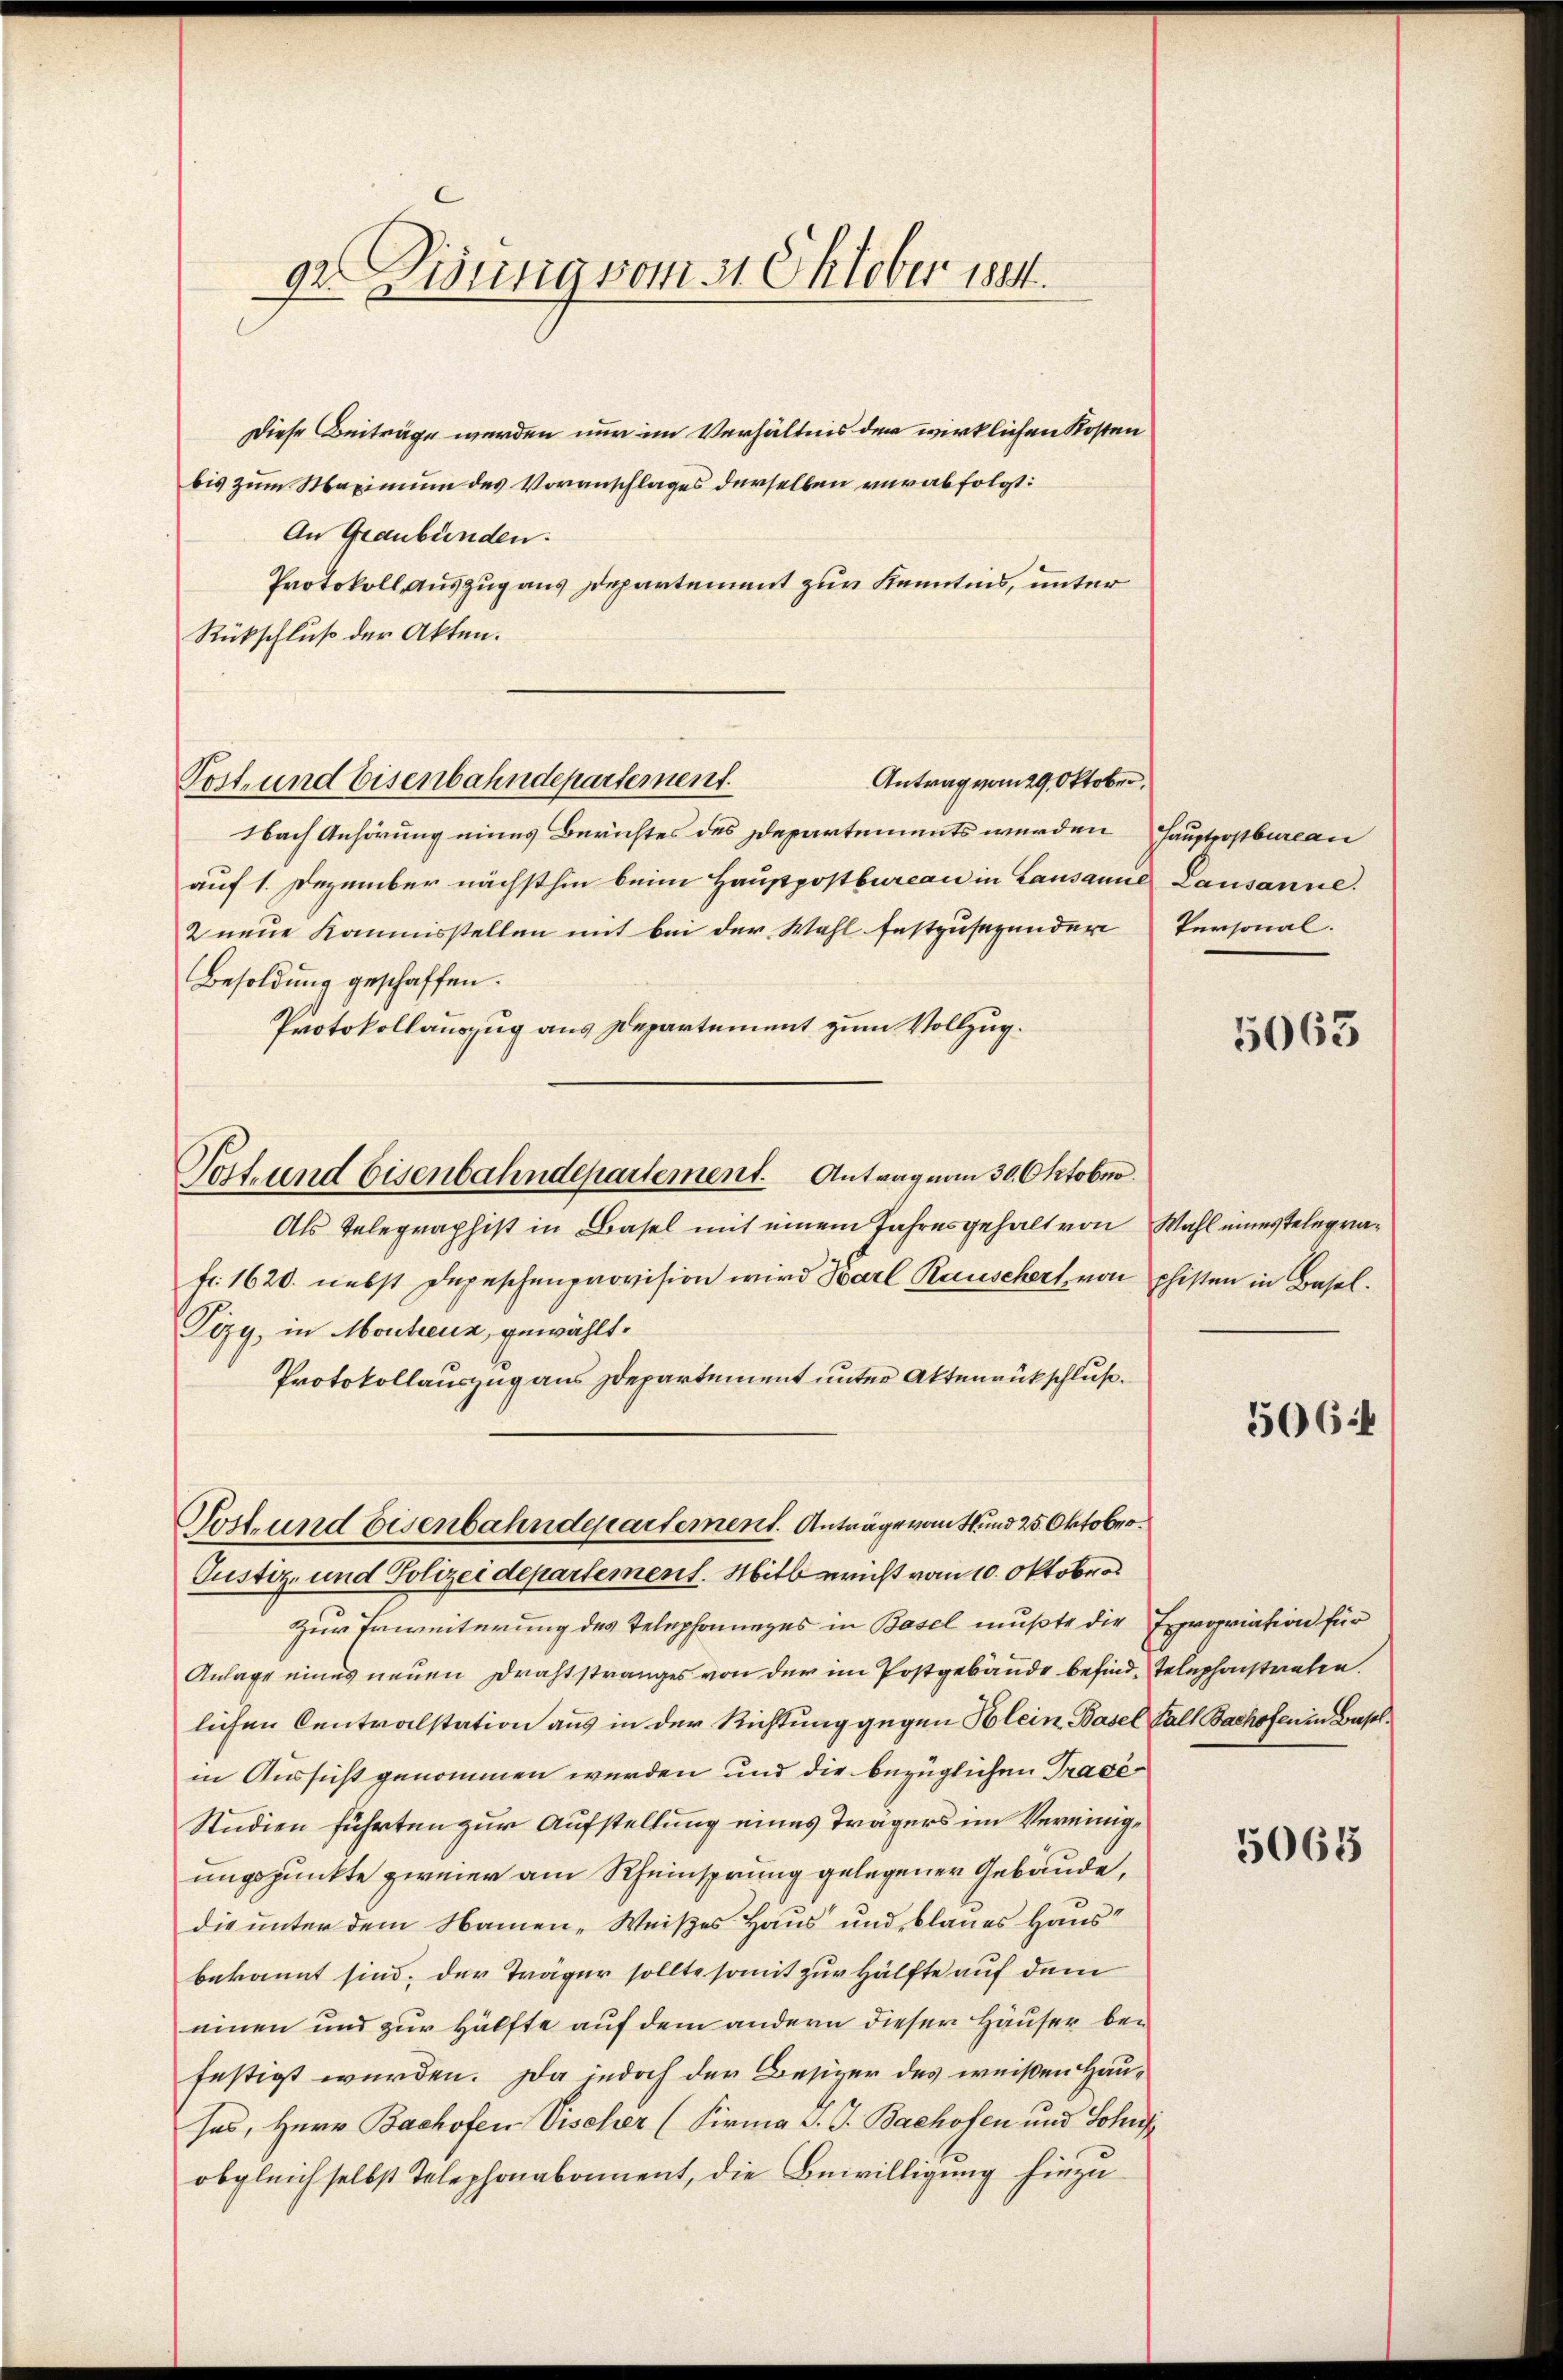
92. Disung vom 31. Oktober 1844.

Diese Beiträge werden nur im Verhältnis der wirklichen Kosten
bis zum Staxinium des Voranschlages derselben verabfolgt:
An Graubünden.
Protokoll, Auszug aus Departement zur Kenntnis, unter
Rückschluß der Akten.
Post und Eisenbahndepartement.
Antrag vom 29. Oktober,
Nach Anhörung eines Berichtes des Departements werden
auf 1. Dezember nächsthin beim Hauptpostbureau in Lausanne Lausanne.
2 neue Kommisstellen mit bei der Wahl festzusezender
Besoldung geschaffen.
Protokollauszug aus Departement zum Vollzug.
Als Telegraphist in Basel mit einem Jahresgehalt von Wahl eines Telegrafr. 1620. nebst Depeschenprovision wird Barl Rauschert, von phisten in Basel¬
Pizy, in Montenz, gewählt.
Protokollauszug aus Departement unter Aktenrückschluß.
Post und Eisenbahndepartement. Anträgevant und 25. Oktober
Justiz- und Polizeidepartement. Mitbericht vom 10. Oktobers
Zur Erweiterung des Telephonges in Basel mußte die Expropriation für
Anlage eines neuen Drahtstranges von der im Postgebäude besind, Telephanstraten.
lichen Centralstation aus in der Richtung gegen Blein Basel Fall Bachofen in Baselen Aussicht genommen werden und die bezüglichen Tracé
Studien führten zur Aufstellung eines Trägers im Vereinige
ungspunkte zweier am Rheinsprung gelegener Gebäude,
die unter dem Namen-Weises Haus und blaues Haus
bekannt sind; der Träger sollte somit zur Hälfte auf dem
einen und zur Hälfte auf dem andern dieser Häuser befestigt werden. Da jedoch der Besizer des weißen Hauses, Herr Bachofen Vischer (Firma S. J. Bachofen und Schus
obgleich selbst Telephonabament, die Bewilligung hinzu

Tott und Eisenbahndepartement. Antrag vom 30. Oktober.

Hauptpostbureau
Personal.

5063

506:

5065